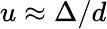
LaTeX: u\approx\Delta/d